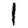
Digit: 1